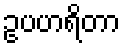
ဥပဟရိတာ